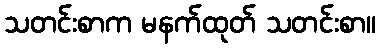
သတင်းစာက မနက်ထုတ် သတင်းစာ။